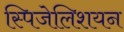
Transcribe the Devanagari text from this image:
स्पिजेलिशयन